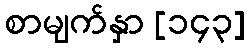
စာမျက်နှာ [၁၄၃]